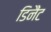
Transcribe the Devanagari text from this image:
डिनैंट